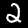
Digit: 2